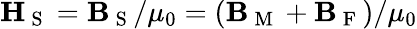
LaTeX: \boldsymbol{\mathbf{H}}_{\mathrm{~S~}}=\boldsymbol{\mathbf{B}}_{\mathrm{~S~}}/\mu_{0}=(\boldsymbol{\mathbf{B}}_{\mathrm{~M~}}+\boldsymbol{\mathbf{B}}_{\mathrm{~F~}})/\mu_{0}